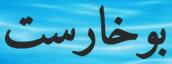
بوخارست